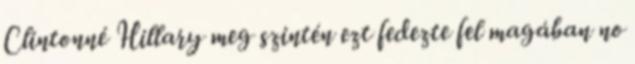
Clintonné Hillary meg szintén ezt fedezte fel magában no